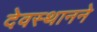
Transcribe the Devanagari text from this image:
देवस्थानने